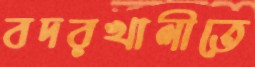
বদরখালীতে